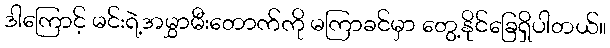
ဒါကြောင့် မင်းရဲ့အမွှာမီးတောက်ကို မကြာခင်မှာ တွေ့နိုင်ခြေရှိပါတယ်။